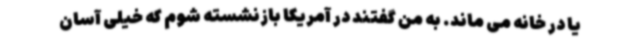
یا در خانه می ماند. به من گفتند در آمریکا بازنشسته شوم که خیلی آسان